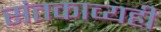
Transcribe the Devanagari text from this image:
संतकाव्यही